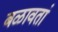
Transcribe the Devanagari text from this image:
बळावतां